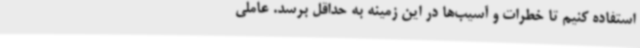
استفاده کنیم تا خطرات و آسیب‌ها در این زمینه به حداقل برسد. عاملی